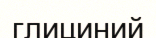
глициний